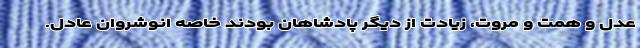
عدل و همت و مروت، زیادت از دیگر پادشاهان بودند خاصه انوشِروان عادل.